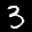
Label: 3